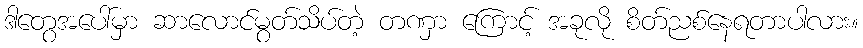
ဒါတွေအပေါ်မှာ ဆာလောင်မွတ်သိပ်တဲ့ တဏှာ ကြောင့် အခုလို စိတ်ညစ်နေရတာပါလား။